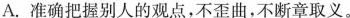
A. 准确把握别人的观点，不歪曲，不断章取义。